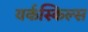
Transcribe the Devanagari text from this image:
वर्कस्किल्स